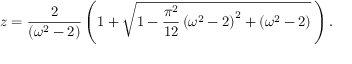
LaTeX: z = \frac { 2 } { \left( \omega ^ { 2 } - 2 \right) } \left( 1 + \sqrt { 1 - \frac { \pi ^ { 2 } } { 1 2 } \left( \omega ^ { 2 } - 2 \right) ^ { 2 } + \left( \omega ^ { 2 } - 2 \right) } \, \right) .